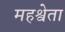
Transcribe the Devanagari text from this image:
महश्वेता